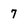
Character: 7